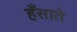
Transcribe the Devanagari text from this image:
हँसाते